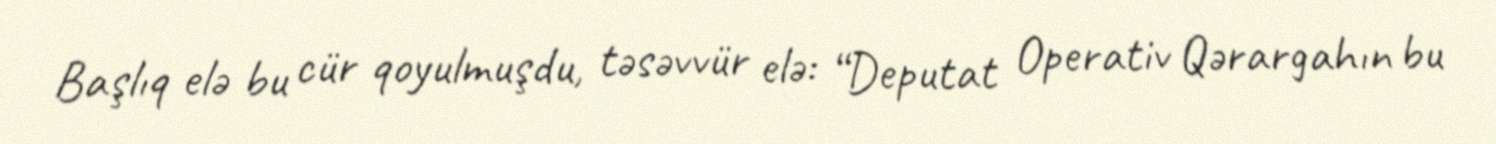
Başlıq elə bu cür qoyulmuşdu, təsəvvür elə: “Deputat Operativ Qərargahın bu